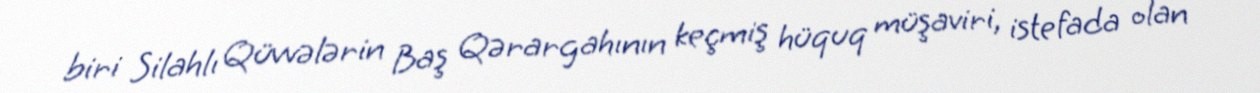
biri Silahlı Qüvvələrin Baş Qərargahının keçmiş hüquq müşaviri, istefada olan